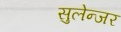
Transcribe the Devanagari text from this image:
सुलेन्जर